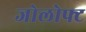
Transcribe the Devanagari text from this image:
जोलोफ्ट